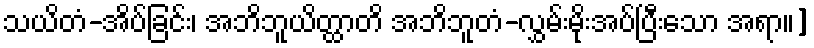
သယိတံ-အိပ်ခြင်း၊ အဘိဘူယိတ္ထာတိ အဘိဘူတံ-လွှမ်းမိုးအပ်ပြီးသော အရာ။]